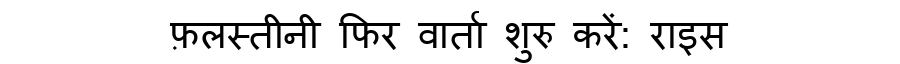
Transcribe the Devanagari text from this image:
फ़लस्तीनी फिर वार्ता शुरु करें: राइस